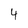
Character: 4